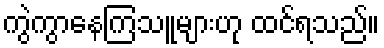
ကွဲကွာနေကြသူများဟု ထင်ရသည်။